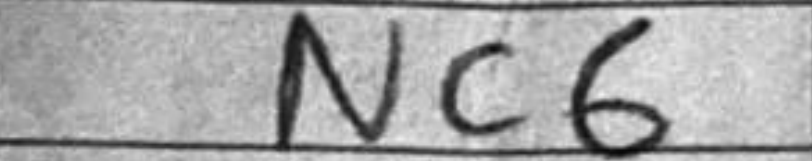
Transcription: Nc6